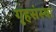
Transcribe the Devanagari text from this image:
गृहसंस्था